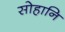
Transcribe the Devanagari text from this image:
सोहानि